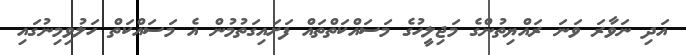
އަދި ނަވާރަ ވަނަ ރައްޔިތުންގެ މަޖިލީހުގެ މަސައްކަތްތައް ފަށައިގަތުމުން އެ މަސައްކަތް ހަލުވިމިނުގައި